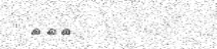
١٢٧